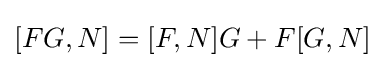
[FG,N]=[F,N]G+F[G,N]